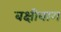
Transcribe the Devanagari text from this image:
बक्षीबाग